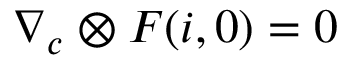
\boldsymbol { \nabla } _ { \boldsymbol { c } } \otimes \boldsymbol { F } ( { \boldsymbol { i } } , \boldsymbol { 0 } ) = \boldsymbol { 0 }